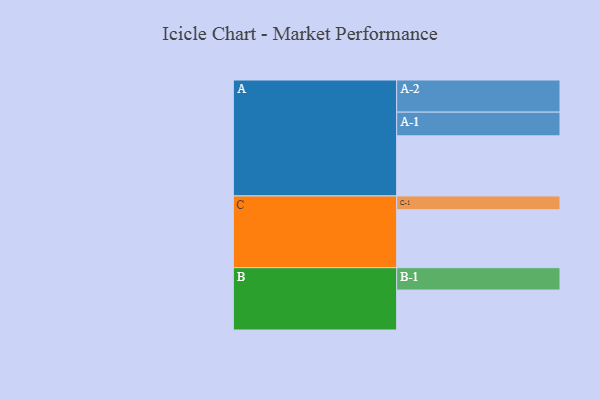
{"axis": {"x": "Segment", "y": "Value"}, "legend": ["", "A", "B", "C"], "data": [{"x": "A", "y": 522, "type": ""}, {"x": "B", "y": 347, "type": ""}, {"x": "C", "y": 503, "type": ""}, {"x": "A-1", "y": 206, "type": "A"}, {"x": "A-2", "y": 279, "type": "A"}, {"x": "B-1", "y": 194, "type": "B"}, {"x": "C-1", "y": 120, "type": "C"}]}